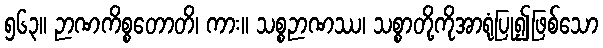
၅၆၃။ ဉာဏကိစ္စတောတိ၊ ကား။ သစ္စဉာဏဿ၊ သစ္စာတို့ကိုအာရုံပြု၍ဖြစ်သော